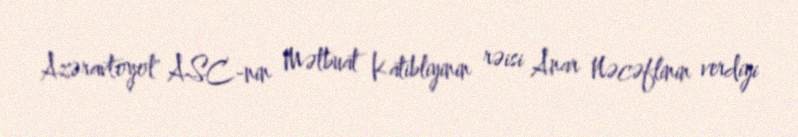
Azəravtoyol" ASC-nin Mətbuat Katibliyinin rəisi Anar Nəcəflinin verdiyi